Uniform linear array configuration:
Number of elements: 48
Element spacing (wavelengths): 1
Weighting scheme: blackman
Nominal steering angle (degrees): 60
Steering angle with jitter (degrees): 59.672
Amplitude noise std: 0.05
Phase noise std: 0.05

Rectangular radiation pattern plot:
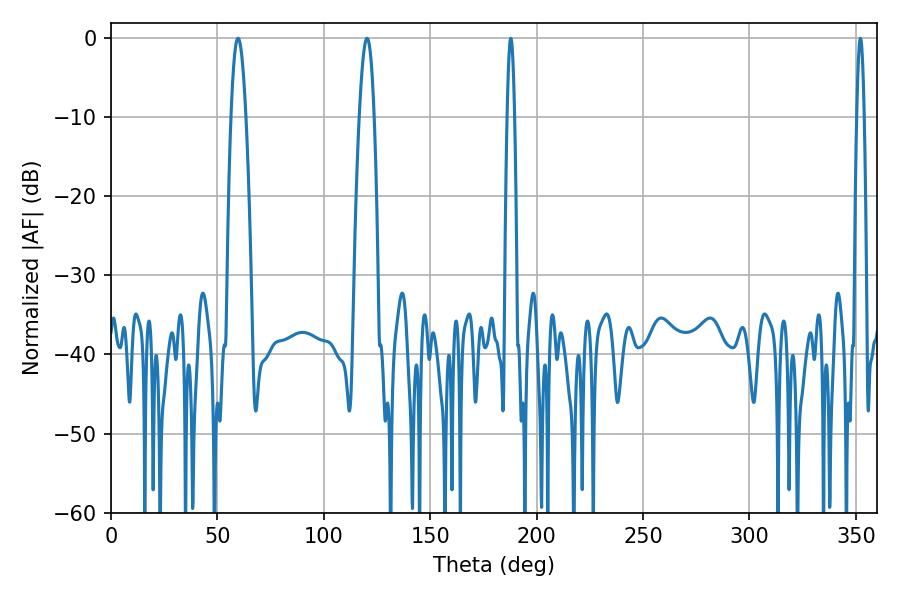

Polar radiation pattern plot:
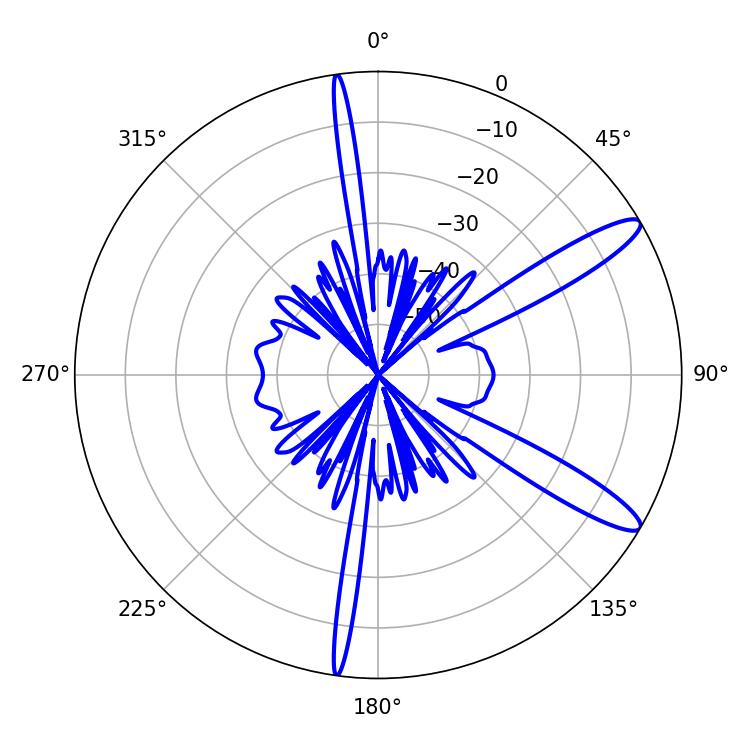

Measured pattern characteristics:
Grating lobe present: TRUE
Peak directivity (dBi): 12.376
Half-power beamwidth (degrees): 3.78
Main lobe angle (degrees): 59.76